Indian journal of veterinary science and animal husbandry - Volume 14,
Year: 1944
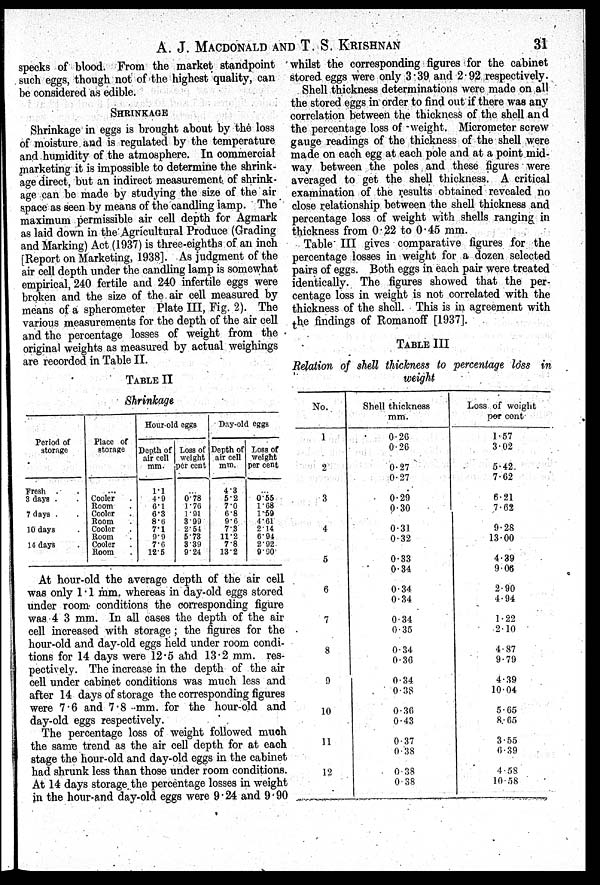
A. J. MACDONALD AND T. S. KRISHNAN 31
specks of blood. From the market standpoint
such eggs, though not of the highest quality, can
be considered as edible.
SHRINKAGE
Shrinkage in eggs is brought about by the loss
of moisture and is regulated by the temperature
and humidity of the atmosphere. In commercial
marketing it is impossible to determine the shrink-
age direct, but an indirect measurement of shrink-
age can be made by studying the size of the air
space as seen by means of the candling lamp. The
maximum permissible air cell depth for Agmark
as laid down in the Agricultural Produce (Grading
and Marking) Act (1937) is three-eighths of an inch
[Report on Marketing, 1938]. As judgment of the
air cell depth under the candling lamp is somewhat
empirical, 240 fertile and 240 infertile eggs were
broken and the size of the air cell measured by
means of a spherometer Plate III, Fig. 2). The
various measurements for the depth of the air cell
and the percentage losses of weight from the
original weights as measured by actual weighings
are recorded in Table II.
TABLE II
Shrinkage
Period of
storage
Fresh . .
3 days . .
7 days . .
10 days . .
14 days . .
Place of
storage
...
Cooler .
Room .
Cooler .
Room .
Cooler .
Room .
Cooler .
Room .
Hour-old eggs
Depth of
air cell
mm.
1.1
4.9
6.1
6.3
8.6
7.1
9.9
7.6
12.5
Loss of
weight
per cent
...
0.78
1.76
1.91
3.99
2.54
5.73
3.39
9.24
Day-old eggs
Depth of
air cell
mm.
4.3
5.2
7.0
6.8
9.6
7.3
11.2
7.8
13.2
Loss of
weight
per cent
0.55
1.68
1.59
4.61
214
6.94
2.92
9.90
At hour-old the average depth of the air cell
was only 1.1 mm. whereas in day-old eggs stored
under room conditions the corresponding figure
was 4 3 mm. In all cases the depth of the air
cell increased with storage; the figures for the
hour-old and day-old eggs held under room condi-
tions for 14 days were 12.5 and 13.2 mm. res-
pectively. The increase in the depth of the air
cell under cabinet conditions was much less and
after 14 days of storage the corresponding figures
were 7.6 and 7.8 mm. for the hour-old and
day-old eggs respectively.
The percentage loss of weight followed much
the same trend as the air cell depth for at each
stage the hour-old and day-old eggs in the cabinet
had shrunk less than those under room conditions.
At 14 days storage the percentage losses in weight
in the hour-and day-old eggs were 9.24 and 9.90
whilst the corresponding figures for the cabinet
stored eggs were only 3.39 and 2.92 respectively.
Shell thickness determinations were made on all
the stored eggs in order to find out if there was any
correlation between the thickness of the shell and
the percentage loss of weight. Micrometer screw
gauge readings of the thickness of the shell were
made on each egg at each pole and at a point mid-
way between the poles and these figures were
averaged to get the shell thickness. A critical
examination of the results obtained revealed no
close relationship between the shell thickness and
percentage loss of weight with shells ranging in
thickness from 0.22 to 0.45 mm.
Table III gives comparative figures for the
percentage losses in weight for a dozen selected
pairs of eggs. Both eggs in each pair were treated
identically. The figures showed that the per-
centage loss in weight is not correlated with the
thickness of the shell. This is in agreement with
the findings of Romanoff [1937].
TABLE III
Relation of shell thickness to percentage loss in
weight
No.
1
2
3
4
5
6
7
8
9
10
11
12
Shell thickness
mm.
0.26
0.26
0.27
0.27
0.29
0.30
0.31
0.32
0.33
0.34
0.34
0.34
0.34
0.35
0.34
0.36
0.34
0.38
0.36
0.43
0 37
0.38
0.38
0 38
Loss of weight
per cent
1.57
3.02
5.42
7.62
6.21
7.62
9.28
13.00
4.89
9.06
2.90
4.94
1.22
2.10
4.87
9.79
4.39
10.04
5.65
8.65
3.55
6.39
4.58
10.58